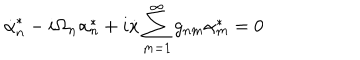
\dot { \alpha } _ { n } ^ { * } - i \Omega _ { n } \alpha _ { n } ^ { * } + i \dot { x } \sum _ { m = 1 } ^ { \infty } g _ { n m } \alpha _ { m } ^ { * } = 0